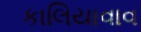
કાલિયાવાવ